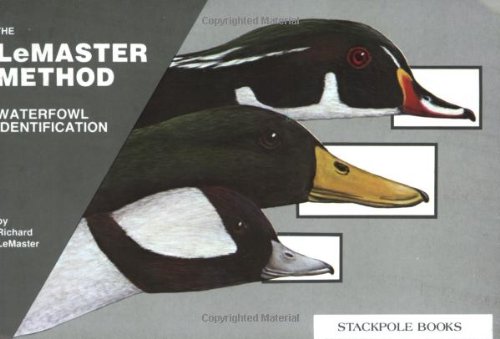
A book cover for Waterfowl Identification: The LeMaster Method; Richard LeMaster; Science & Math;